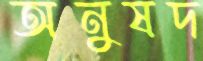
অনুষদ